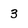
Character: 3